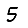
Digit: 5